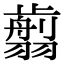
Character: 𦒕